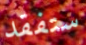
ستفقد